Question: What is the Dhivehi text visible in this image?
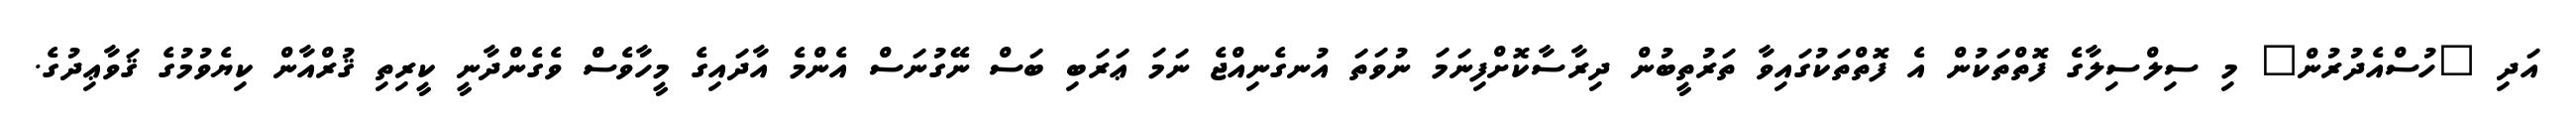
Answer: އަދި "ހުސްއެދުރުން" މި ސިލްސިލާގެ ފޮތްތަކުން އެ ފޮތްތަކުގައިވާ ތަރުތީބުން ދިރާސާކޮށްފިނަމަ ނުވަތަ އުނގެނިއްޖެ ނަމަ ޢަރަބި ބަސް ނޭގުނަސް އެންމެ އާދައިގެ މީހާވެސް ވެގެންދާނީ ކީރިތި ޤުރްއާން ކިޔެވުމުގެ ޤަވާޢިދުގެ.